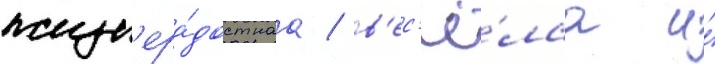
жизн'ера́достнаа / в'ес'ё́лаа и́